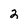
Character: 2